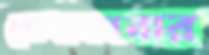
বোনাকানার